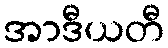
အာဒီယတီ